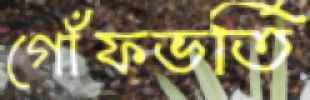
গোঁফভর্তি